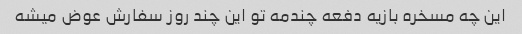
این چه مسخره بازیه دفعه چندمه تو این چند روز سفارش عوض میشه